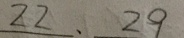
2 2 、 2 9